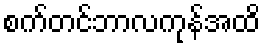
စက်တင်ဘာလကုန်အထိ